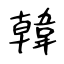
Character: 韓